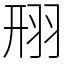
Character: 䍾